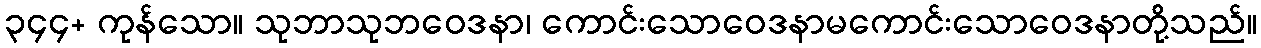
၃၄၄+ ကုန်သော။ သုဘာသုဘဝေဒနာ၊ ကောင်းသောဝေဒနာမကောင်းသောဝေဒနာတို့သည်။